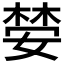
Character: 𫱒